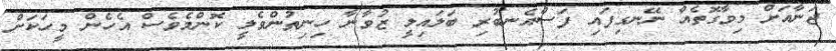
ޖަނާއަށް މިވާގޮތެއް ނޭނގިފައި ފަސްއެނބުރި ބަލައިލީ ޒުވާނާ ހިނިތުންވެލީ ކޮންމެވެސް އެހެން މީހަކަށް